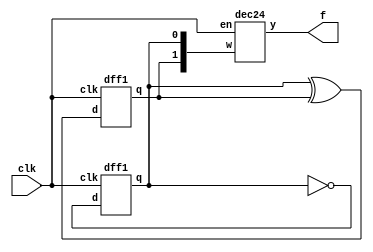
module ringcount(clk,f);
input clk;
output [3:0]f;
wire [1:0]w;
dff1 stage0(w[0]^w[1],clk,w[1]);
dff1 stage1(~w[0],clk,w[0]);
dec24 stage2(w,clk,f);
endmodule
module dff1(d,clk,q);
input d;
input clk;
output q;
reg q;
always@(posedge clk)
begin
q<=d;
end
endmodule
module dec24(w,en,y);
input [1:0]w;
input en;
output [3:0]y;
reg [3:0]y;
always@(posedge en)
begin
casex(w)
0:y=4'b0001;
1:y=4'b0010;
2:y=4'b0100;
3:y=4'b1000;
endcase
end
endmodule